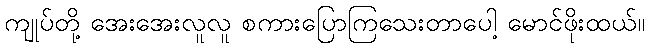
ကျုပ်တို့ အေးအေးလူလူ စကားပြောကြသေးတာပေါ့ မောင်ဖိုးထယ်။